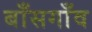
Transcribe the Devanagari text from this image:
बाँसगाँव